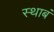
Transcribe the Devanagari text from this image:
स्थाबं